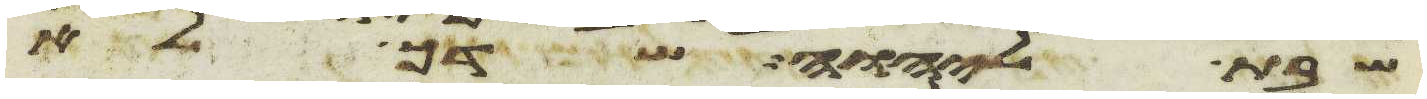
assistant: שבת ליהוה שדך לא